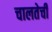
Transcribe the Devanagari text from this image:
चालतेची